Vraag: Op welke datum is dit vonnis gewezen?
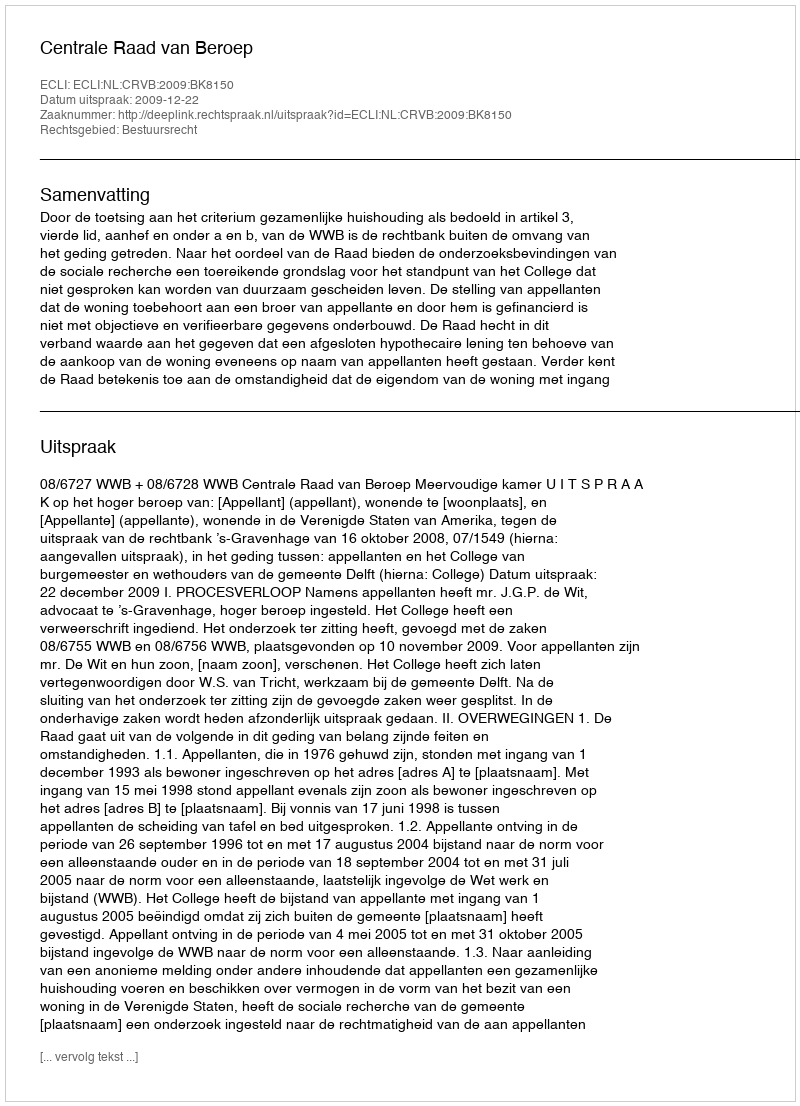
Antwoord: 2009-12-22